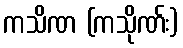
ကသိဏ (ကသိုဏ်း)